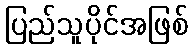
ပြည်သူပိုင်အဖြစ်